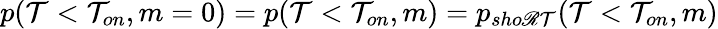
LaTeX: p(\mathcal{T}<\mathcal{T}_{on},m=0)=p(\mathcal{T}<\mathcal{T}_{on},m)=p_{sho\mathscr{R}\mathcal{T}}(\mathcal{T}<\mathcal{T}_{on},m)